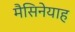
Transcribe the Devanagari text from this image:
मैसिनेयाह